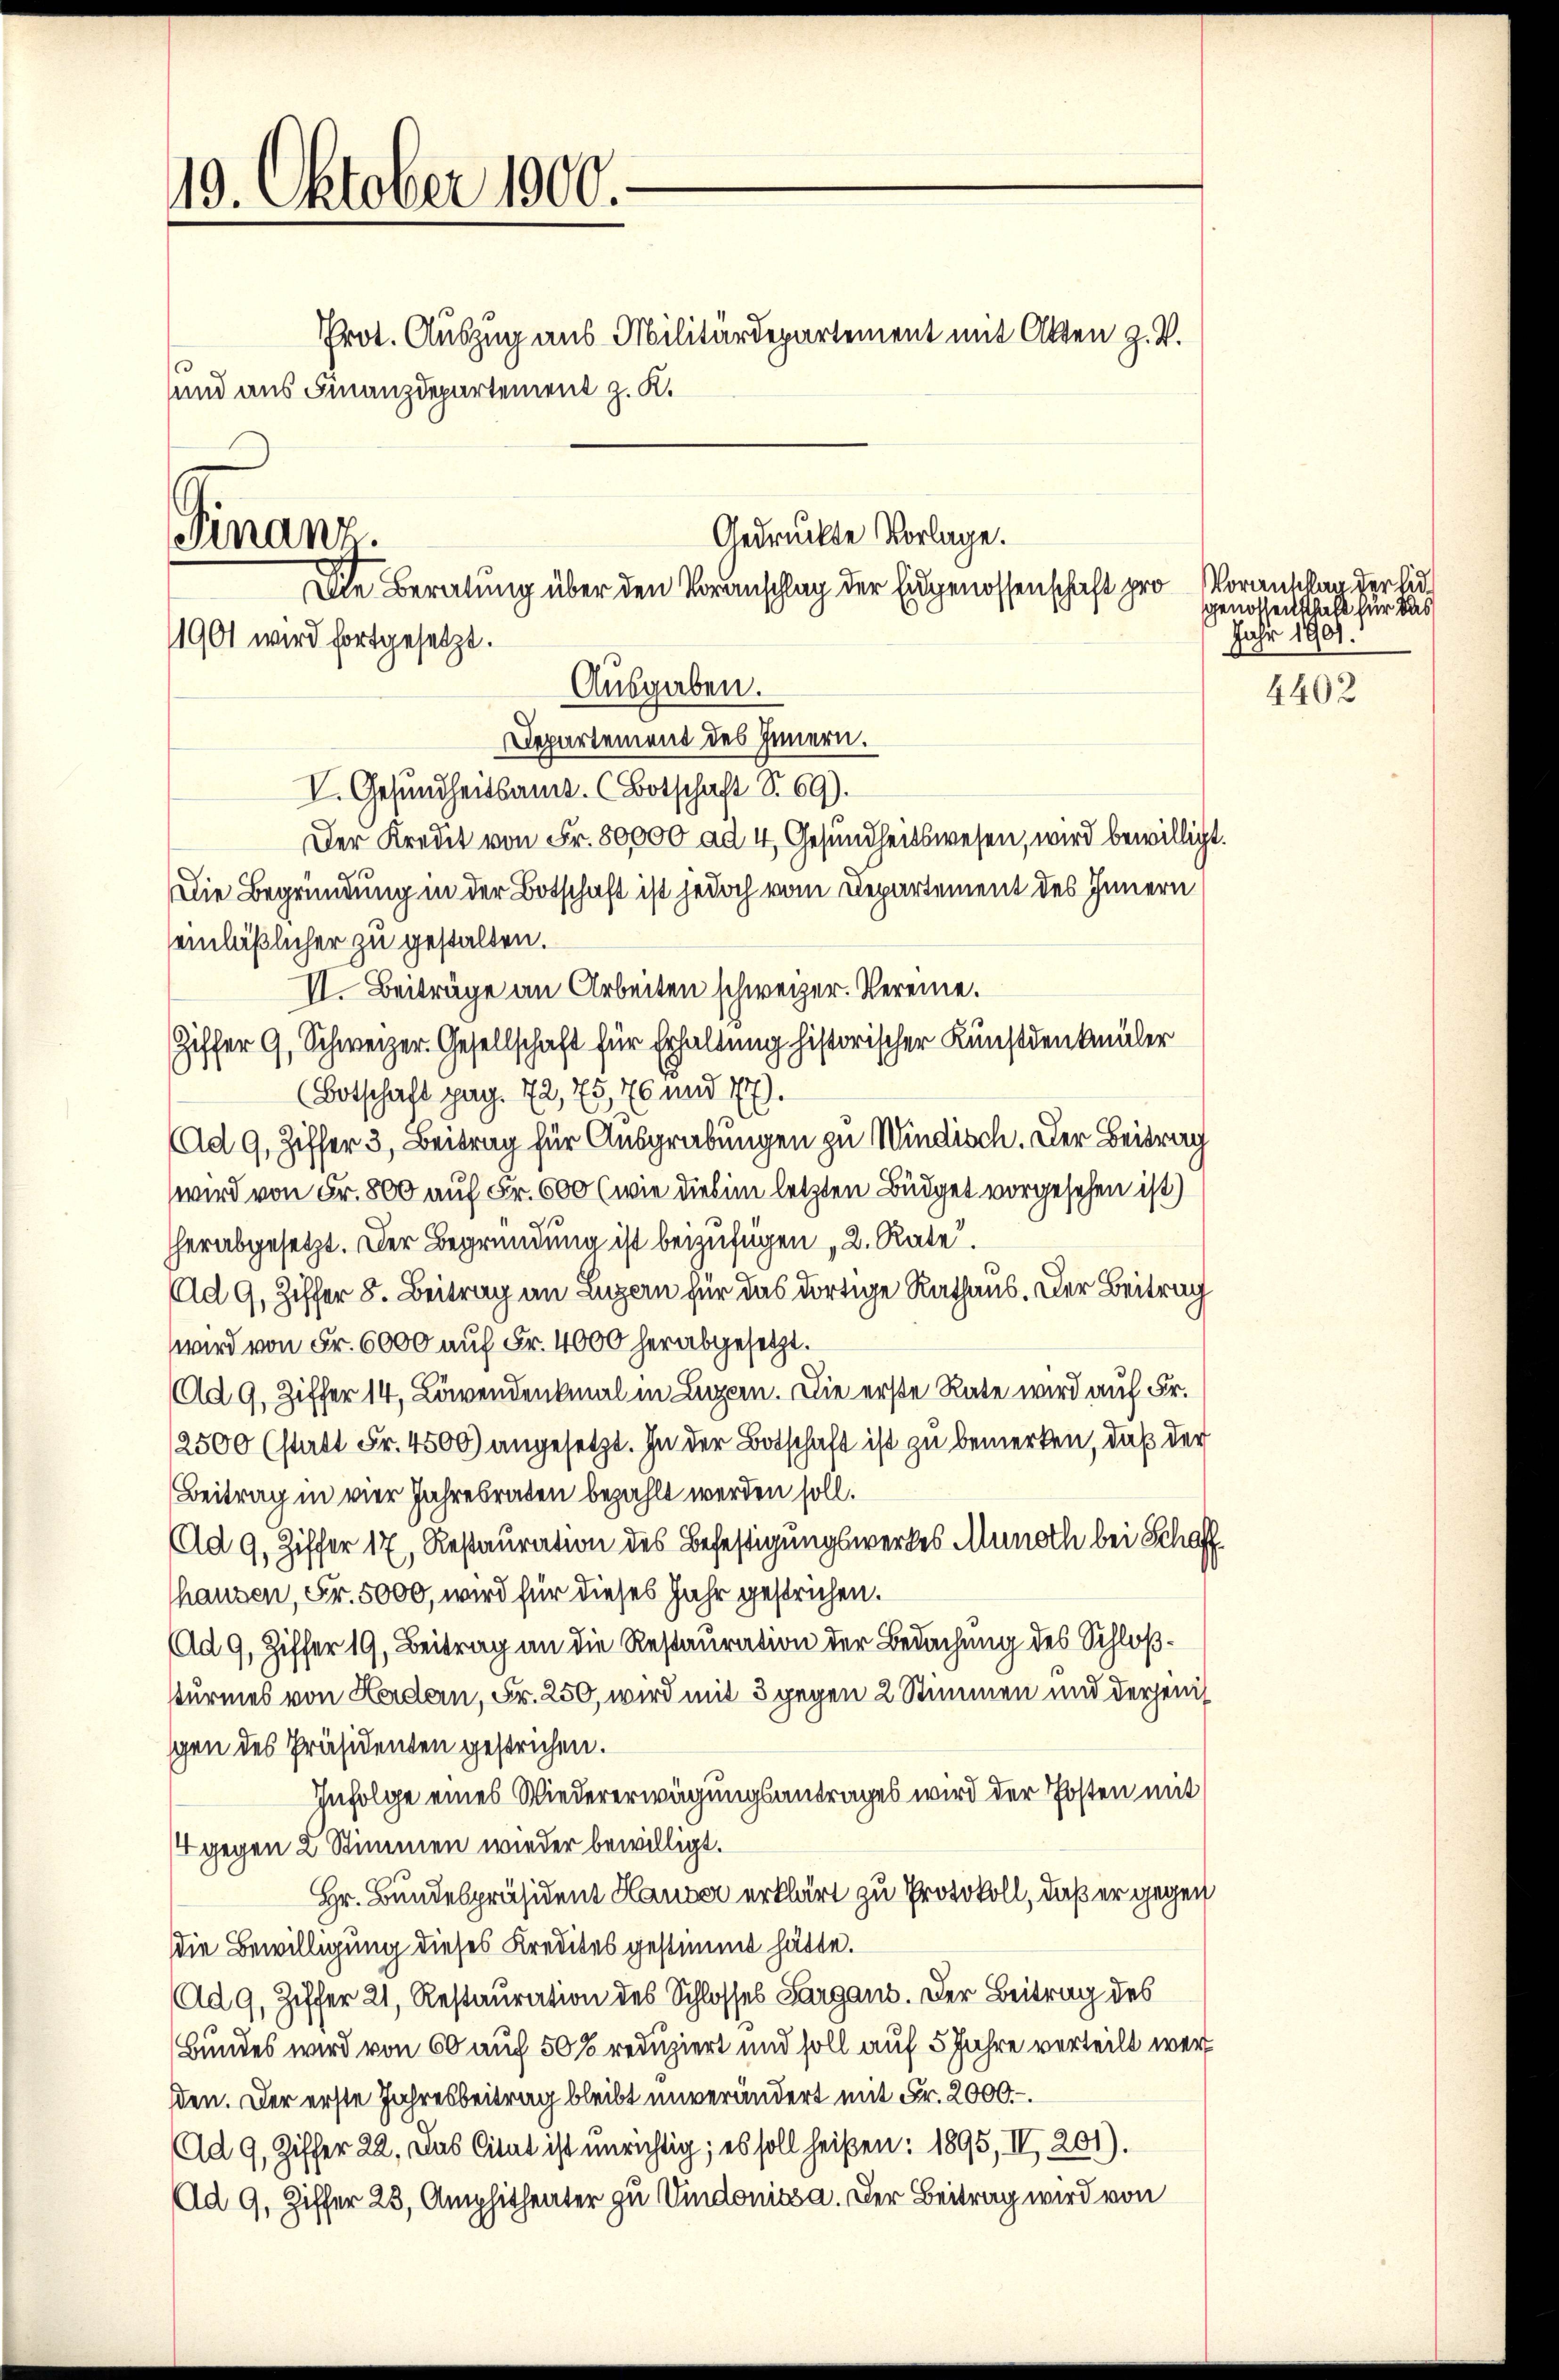
419. Oktober 1900.

und aus Finanzdepartement z. K.

Prot. Auszug aus Militärdepartement mit Akten z. B.

Departement des Innern.
V. Gesundheitsamt. (Botschaft S. 69).
Der Kredit von Fr. 80,000 ad 4, Gesundheitswesen, wird bewilligt.
Die Begründung in der Botschaft ist jedoch vom Departement des Innern
einläßlicher zu gestalten.
II. Beiträge an Arbeiten schweizer. Vereine.
Ziffer 9, Schweizer-Gesellschaft für Erhaltung historischer Künstdenkmäler
(Botschaft pag. 72, 73, 76 und 77.
(Ad 9, Ziffer 3, Beitrag für Ausgrabungen zu Windisch. Der Beitrag
wird von Fr. 800 auf Fr. 600 (wie diesem letzten Büdget vorgesehen ist)
herabgesetzt. Der Begründung ist beizufügen 2. Rate
Ad 9, Ziffer 8. Beitrag an Luzern für das dortige Rathaus. Der Beitrag
wird von Fr. 6000 auf Fr. 4000 herabgesetzt.
Ad 9, Ziffer 14, Löwendenkmal in Luzern. Die erste Rate wird auf Fr.
12500 (statt Fr. 4500) angesetzt. In der Botschaft ist zu bemerken, daß der
Beitrag in vier Jahresraten bezahlt werden soll.
Ad 9, Ziffer 17, Restauration des Befestigungswerkes Munoth bei Schaff
hausen, Fr. 5000, wird für dieses Jahr gestrichen.
Ad 9, Ziffer 19, Beitrag an die Restauration der Bedachung des Schloßsturmes von Hardern, Fr. 250, wird mit 3 gegen 2 Stimmen und derjenig
schen des Präsidenten gestrichen.
Infolge eines Wiedererwägungsantrages wird der Posten mit
4 gegen 2 Stimmen wieder bewilligt.
Hr. Bundespräsident Hauser erklärt zu Protokoll, daß er gegen
die Bewilligung dieses Kredites gestimmt hätte.
Ad 9, Ziffer 21, Restauration des Schlosses Sargans. Der Beitrag des
Bundes wird von 60 auf 50% reduziert und soll auf 5 Jahre verteilt wer
den. Der erste Jahresbeitrag bleibt unverändert mit Fr. 2000.
Ad 9, Ziffer 22. Das Citat ist unrichtig; es soll heißen: 1895, II, 201).
Ad 9, Ziffer 23, Amphitheater zu Vindouissa. Der Beitrag wird von

Gedrückte Vorlage.
Finanz.
Die Beratung über den Voranschlag der Eidgenossenschaft pro Voranstanderli
1901 wird fortgesetzt.
Ausgaben.

genossenschaft für das
Jahr 1901.

4402